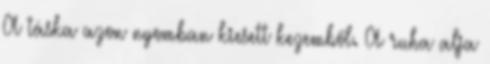
A táska azon nyomban kiesett kezemből. A ruha alja